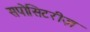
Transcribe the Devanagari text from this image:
सपोसिटरीज़